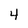
Character: 4